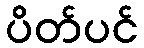
ပိတ်ပင်